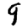
Digit: 9